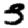
Digit: 3